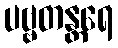
ပဗ္ဗတန္တရေ